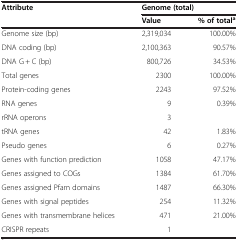
<table><thead><tr><td><b>Attribute</b></td><td colspan="2"><b>Genome (total)</b></td></tr><tr><td>[EMPTY_CELL]</td><td><b>Value</b></td><td><b>% of total<sup>a</sup></b></td></tr></thead><tbody><tr><td>Genome size (bp)</td><td>2,319,034</td><td>100.00%</td></tr><tr><td>DNA coding (bp)</td><td>2,100,363</td><td>90.57%</td></tr><tr><td>DNA G + C (bp)</td><td>800,726</td><td>34.53%</td></tr><tr><td>Total genes</td><td>2300</td><td>100.00%</td></tr><tr><td>Protein-coding genes</td><td>2243</td><td>97.52%</td></tr><tr><td>RNA genes</td><td>9</td><td>0.39%</td></tr><tr><td>rRNA operons</td><td>3</td><td>[EMPTY_CELL]</td></tr><tr><td>tRNA genes</td><td>42</td><td>1.83%</td></tr><tr><td>Pseudo genes</td><td>6</td><td>0.27%</td></tr><tr><td>Genes with function prediction</td><td>1058</td><td>47.17%</td></tr><tr><td>Genes assigned to COGs</td><td>1384</td><td>61.70%</td></tr><tr><td>Genes assigned Pfam domains</td><td>1487</td><td>66.30%</td></tr><tr><td>Genes with signal peptides</td><td>254</td><td>11.32%</td></tr><tr><td>Genes with transmembrane helices</td><td>471</td><td>21.00%</td></tr><tr><td>CRISPR repeats</td><td>1</td><td>[EMPTY_CELL]</td></tr></tbody></table>